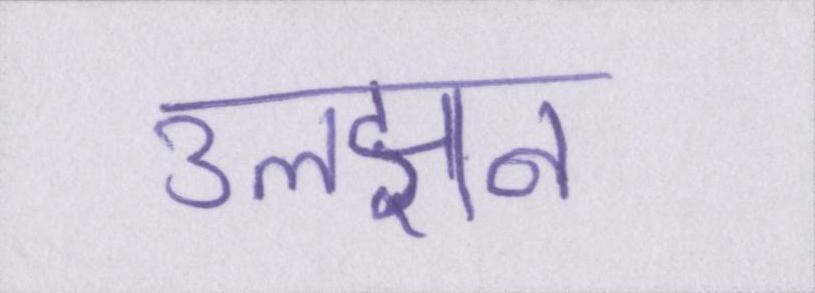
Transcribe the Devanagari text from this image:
उलझन